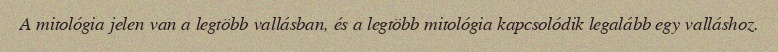
A mitológia jelen van a legtöbb vallásban, és a legtöbb mitológia kapcsolódik legalább egy valláshoz.